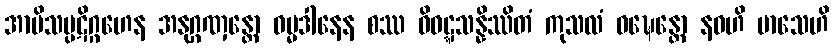
အာမိသပ္ပဋိဂ္ဂဟေန အနုဂ္ဂဏှန္တော ဓမ္မဒါနေန စဿ ဝိဝဋ္ဋသန္နိဿိတံ ကုသလံ ဝဍ္ဎေန္တော နဝဟိ မာသေဟိ